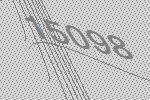
15098